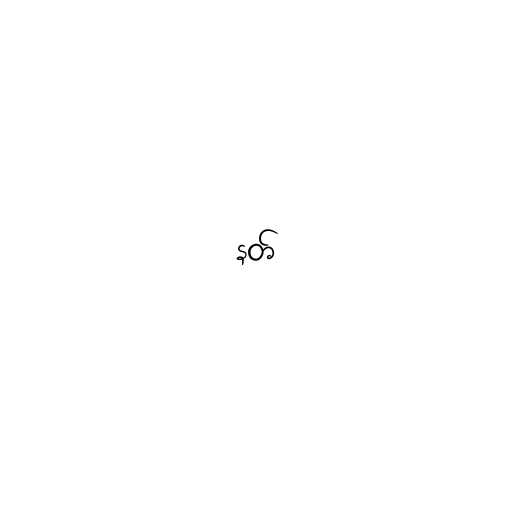
နတ်